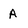
Character: A